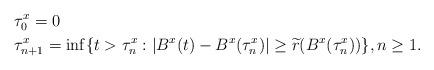
LaTeX: \begin{align*} &\tau_0^{x}=0\\ &\tau^{x}_{n+1}=\inf\{t>\tau_n^x : |B^x(t)-B^x(\tau^x_n)|\geq \widetilde{r}(B^x(\tau^x_n))\}, n\geq 1.\end{align*}